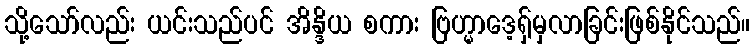
သို့သော်လည်း ယင်းသည်ပင် အိန္ဒိယ စကား ဗြဟ္မာဒေ့ရှ်မှလာခြင်းဖြစ်နိုင်သည်။